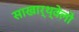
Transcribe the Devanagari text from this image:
साखार्थ्वेलो